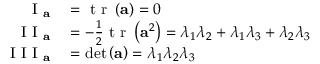
\begin{array} { r l } { \mathrm { ~ I ~ } _ { \mathbf { a } } } & { { } = \mathrm { ~ t ~ r ~ } \left( \mathbf { a } \right) = 0 } \\ { \mathrm { ~ I ~ I ~ } _ { \mathbf { a } } } & { { } = - \frac { 1 } { 2 } \mathrm { ~ t ~ r ~ } \left( \mathbf { a } ^ { 2 } \right) = \lambda _ { 1 } \lambda _ { 2 } + \lambda _ { 1 } \lambda _ { 3 } + \lambda _ { 2 } \lambda _ { 3 } } \\ { \mathrm { ~ I ~ I ~ I ~ } _ { \mathbf { a } } } & { { } = \operatorname* { d e t } \left( \mathbf { a } \right) = \lambda _ { 1 } \lambda _ { 2 } \lambda _ { 3 } } \end{array}